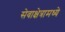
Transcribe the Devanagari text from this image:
सेवाक्षेत्रामध्ये